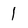
Character: 1